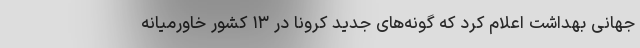
جهانی بهداشت اعلام کرد که گونه‌های جدید کرونا در ۱۳ کشور خاورمیانه